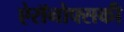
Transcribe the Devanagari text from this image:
ऐरॉनोफ्सकी